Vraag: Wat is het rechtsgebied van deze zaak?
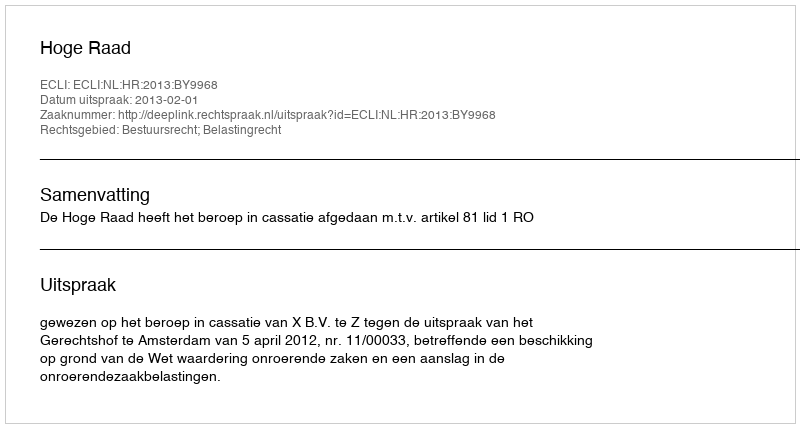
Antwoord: Bestuursrecht; Belastingrecht